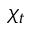
\chi _ { t }